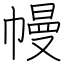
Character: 幔